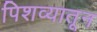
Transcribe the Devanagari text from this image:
पिशव्यातून